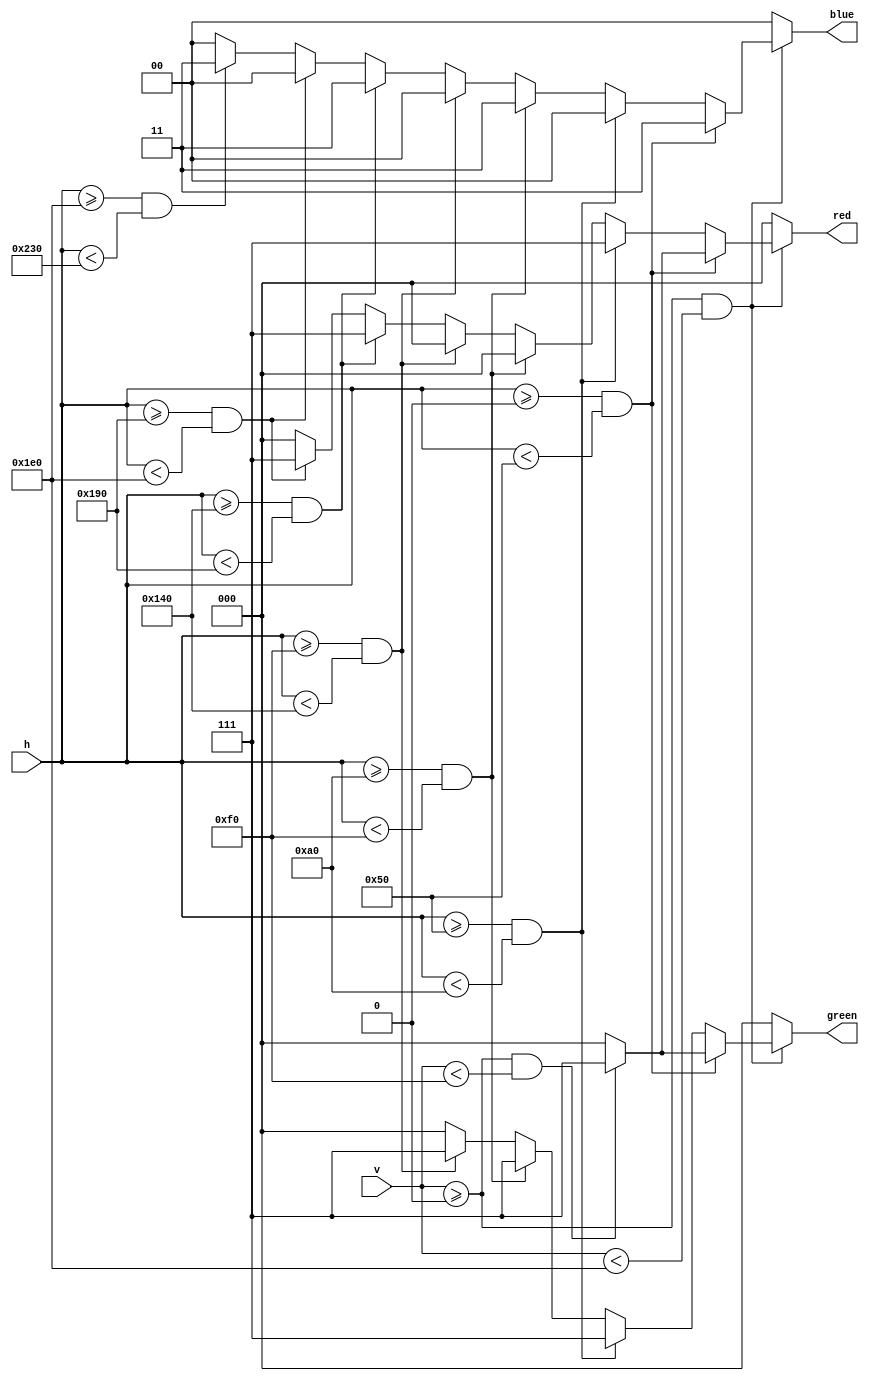
`timescale 1ns / 1ps
//////////////////////////////////////////////////////////////////////////////////
// Company: 
// Engineer: 
// 
// Design Name: 
// Module Name:    image_generator 
// Project Name: 
// Target Devices: 
// Tool versions: 
// Description: 
//
// Dependencies: 
//
// Revision: 
// Revision 0.01 - File Created
// Additional Comments: 
//
//////////////////////////////////////////////////////////////////////////////////
module image_generator(
    input [9:0] h,
    input [9:0] v,
    output reg [2:0] red,
    output reg [2:0] green,
    output reg [1:0] blue
    );


// display 100% saturation colorbars
// ------------------------
// Combinational "always block", which is a block that is
// triggered when anything in the "sensitivity list" changes.
// The asterisk implies that everything that is capable of triggering the block
// is automatically included in the sensitivty list.  In this case, it would be
// equivalent to the following: always @(hc, vc)
// Assignment statements can only be used on type "reg" and should be of the "blocking" type: =
always @(*)
begin
	// first check if we're within vertical active video range
	if (v >= 0 && v < 480)
	begin
		// now display different colors every 80 pixels
		// while we're within the active horizontal range
		// -----------------
		// display white bar
		if (h >= 0 && h < 80)
		begin
			if(v >= 0 && v < 240 )begin
				red = 3'b111;
				green = 3'b111;
				blue = 2'b11;
			end
			else begin
				red = 3'b000;
				green = 3'b000;
				blue = 2'b11;
			end
		end
		// display yellow bar
		else if (h >= 80 && h < 160)
		begin
			red = 3'b111;
			green = 3'b111;
			blue = 2'b00;
		end
		// display cyan bar
		else if (h >= 160 && h < 240 )
		begin
			red = 3'b000;
			green = 3'b111;
			blue = 2'b11;
		end
		// display green bar
		else if (h >= 240 && h < 320)
		begin
			red = 3'b000;
			green = 3'b111;
			blue = 2'b00;
		end
		// display magenta bar
		else if (h >= 320 && h < 400)
		begin
			red = 3'b111;
			green = 3'b000;
			blue = 2'b11;
		end
		// display red bar
		else if (h >= 400 && h < 480)
		begin
			red = 3'b111;
			green = 3'b000;
			blue = 2'b00;
		end
		// display blue bar
		else if (h >= 480 && h < 560)
		begin
			red = 3'b000;
			green = 3'b000;
			blue = 2'b11;
		end
		// display black bar
		else if (h >= 560 && h < 640)
		begin
			red = 3'b000;
			green = 3'b000;
			blue = 2'b00;
		end
		// we're outside active horizontal range so display black
		else
		begin
			red = 0;
			green = 0;
			blue = 0;
		end
	end
	// we're outside active vertical range so display black
	else
	begin
		red = 0;
		green = 0;
		blue = 0;
	end
end


endmodule